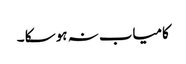
کامیاب نہ ہو سکا ۔